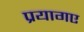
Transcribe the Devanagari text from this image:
प्रयागए